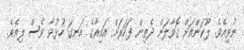
ނުވިއެވެ. ލޫކަންއަށް ގޮވާލަން ދެތިން ފަހަރަށް އައިރާގެ އަނގަ ހުޅުވާ ވެސް ލިއެވެ.